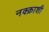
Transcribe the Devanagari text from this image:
नक्क़ाशी